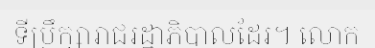
ទីប្រឹក្សារាជរដ្ឋាភិបាលដែរ។ លោក